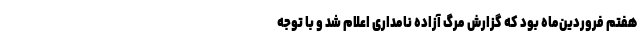
هفتم فروردین‌ماه بود که گزارش مرگ آزاده نامداری اعلام شد و با توجه